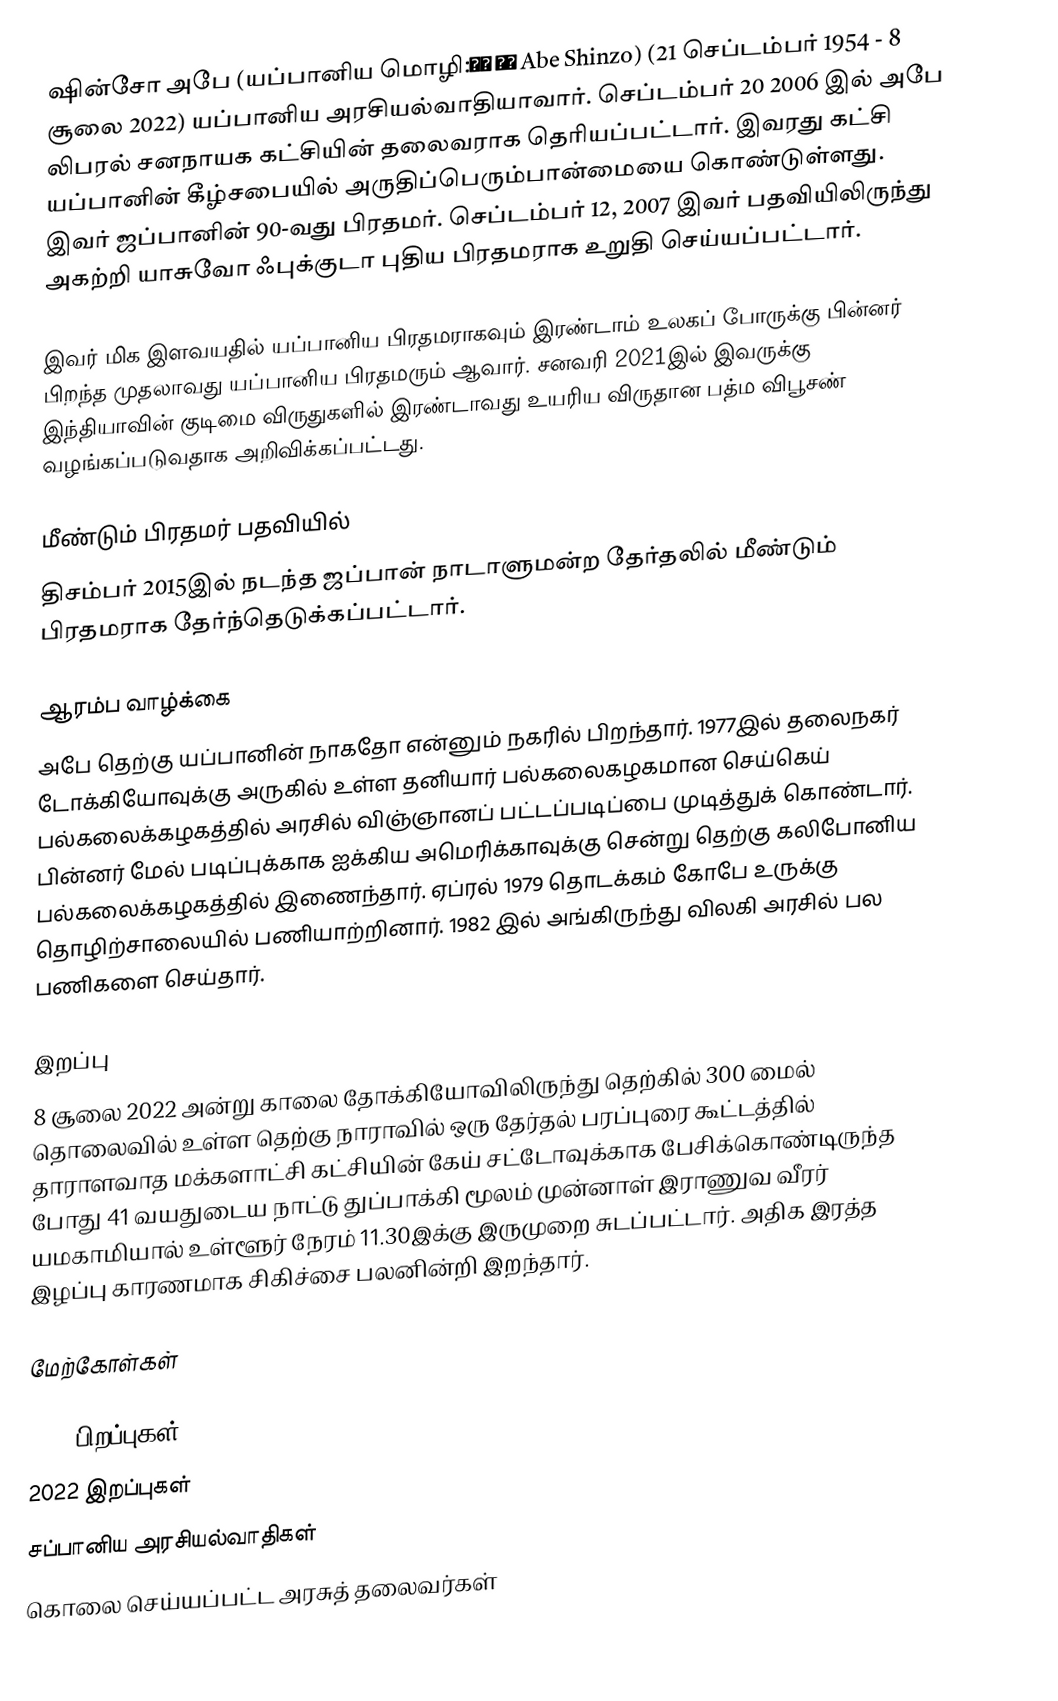
ஷின்சோ அபே (யப்பானிய மொழி:安倍 晋三 Abe Shinzo) (21 செப்டம்பர் 1954 - 8 சூலை 2022) யப்பானிய அரசியல்வாதியாவார். செப்டம்பர் 20 2006 இல் அபே லிபரல் சனநாயக கட்சியின் தலைவராக தெரியப்பட்டார். இவரது கட்சி யப்பானின் கீழ்சபையில் அருதிப்பெரும்பான்மையை கொண்டுள்ளது. இவர் ஜப்பானின் 90-வது பிரதமர். செப்டம்பர் 12, 2007 இவர் பதவியிலிருந்து அகற்றி யாசுவோ ஃபுக்குடா புதிய பிரதமராக உறுதி செய்யப்பட்டார்.

இவர் மிக இளவயதில் யப்பானிய பிரதமராகவும் இரண்டாம் உலகப் போருக்கு பின்னர் பிறந்த முதலாவது யப்பானிய பிரதமரும் ஆவார். சனவரி 2021இல் இவருக்கு இந்தியாவின் குடிமை விருதுகளில் இரண்டாவது உயரிய விருதான பத்ம விபூசண் வழங்கப்படுவதாக அறிவிக்கப்பட்டது.

மீண்டும் பிரதமர் பதவியில்
திசம்பர் 2015இல் நடந்த ஜப்பான் நாடாளுமன்ற தேர்தலில் மீண்டும் பிரதமராக தேர்ந்தெடுக்கப்பட்டார்.

ஆரம்ப வாழ்க்கை
அபே தெற்கு யப்பானின் நாகதோ என்னும் நகரில் பிறந்தார். 1977இல் தலைநகர் டோக்கியோவுக்கு அருகில் உள்ள தனியார் பல்கலைகழகமான செய்கெய் பல்கலைக்கழகத்தில் அரசில் விஞ்ஞானப் பட்டப்படிப்பை முடித்துக் கொண்டார். பின்னர் மேல் படிப்புக்காக ஐக்கிய அமெரிக்காவுக்கு சென்று தெற்கு கலிபோனிய பல்கலைக்கழகத்தில் இணைந்தார். ஏப்ரல் 1979 தொடக்கம் கோபே உருக்கு தொழிற்சாலையில் பணியாற்றினார். 1982 இல் அங்கிருந்து விலகி அரசில் பல பணிகளை செய்தார்.

இறப்பு
8 சூலை 2022 அன்று காலை தோக்கியோவிலிருந்து தெற்கில் 300 மைல் தொலைவில் உள்ள தெற்கு நாராவில் ஒரு தேர்தல் பரப்புரை கூட்டத்தில் தாராளவாத மக்களாட்சி கட்சியின் கேய் சட்டோவுக்காக பேசிக்கொண்டிருந்த போது 41 வயதுடைய நாட்டு துப்பாக்கி மூலம் முன்னாள் இராணுவ வீரர் யமகாமியால் உள்ளூர் நேரம்  11.30இக்கு இருமுறை சுடப்பட்டார்.  அதிக இரத்த இழப்பு காரணமாக சிகிச்சை பலனின்றி இறந்தார்.

மேற்கோள்கள்

1954 பிறப்புகள்
2022 இறப்புகள்
சப்பானிய அரசியல்வாதிகள்
கொலை செய்யப்பட்ட அரசுத் தலைவர்கள்